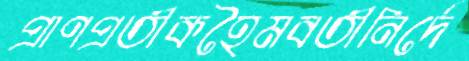
প্রাণপ্রতীকহৈমবতীনির্দে